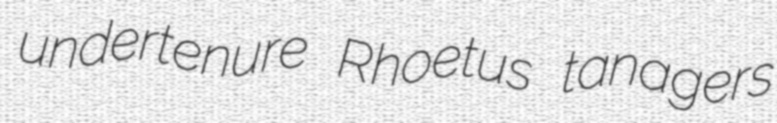
undertenure Rhoetus tanagers